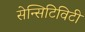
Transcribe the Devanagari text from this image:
सेन्सिटिविटी